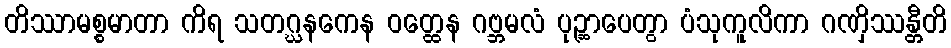
တိဿာမစ္စမာတာ ကိရ သတဂ္ဃနကေန ဝတ္ထေန ဂဗ္ဘမလံ ပုဉ္ဆာပေတွာ ပံသုကူလိကာ ဂဏှိဿန္တီတိ